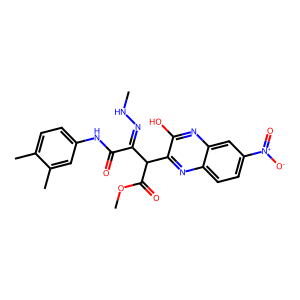
SMILES: CNN=C(C(=O)Nc1ccc(C)c(C)c1)C(C(=O)OC)c1nc2ccc([N+](=O)[O-])cc2nc1O
Inhibits HIV replication: No